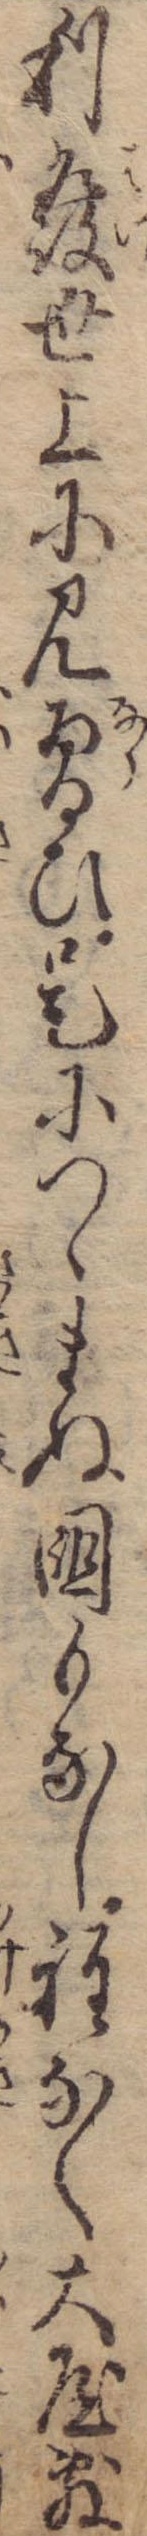
利発世上に見習ひ是につゝまぬ国もなし程なく大屋敷